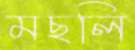
মছলি